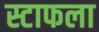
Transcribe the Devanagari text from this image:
स्टाफला